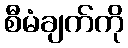
စီမံချက်ကို